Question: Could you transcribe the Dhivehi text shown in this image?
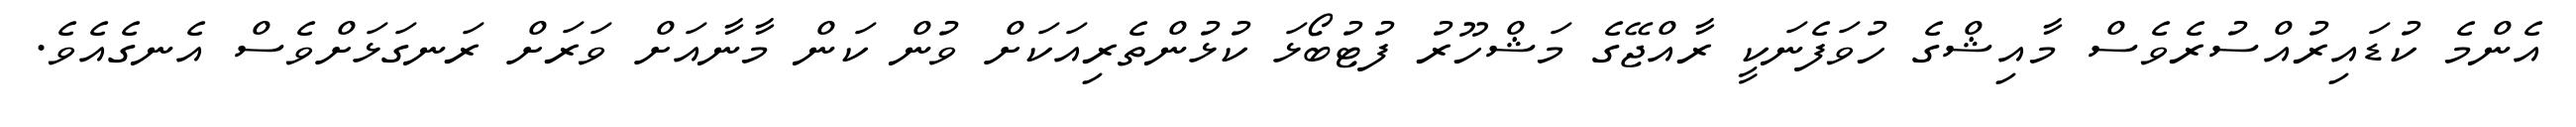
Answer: އެންމެ ކުޑައިރުއްސުރެވެސް މާއިޝްގެ ހުވަފެނަކީ ރާއްޖޭގެ މަޝްހޫރު ފުޓުބޯޅަ ކުޅުންތެރިއަކަށް ވުން ކަން މާނާއަށް ވަރަށް ރަނގަޅަށްވެސް އެނގެއެވެ.